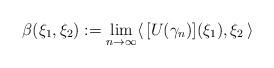
LaTeX: \begin{align*} \beta ( \xi_1 , \xi_2 ) := \lim_{n \to \infty} \langle \, [U( \gamma_n )] ( \xi_1 ), \xi_2 \, \rangle \end{align*}